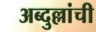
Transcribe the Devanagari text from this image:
अब्दुल्लांची